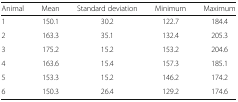
<table><thead><tr><td><b>Animal</b></td><td><b>Mean</b></td><td><b>Standard deviation</b></td><td><b>Minimum</b></td><td><b>Maximum</b></td></tr></thead><tbody><tr><td>1</td><td>150.1</td><td>30.2</td><td>122.7</td><td>184.4</td></tr><tr><td>2</td><td>163.3</td><td>35.1</td><td>132.4</td><td>205.3</td></tr><tr><td>3</td><td>175.2</td><td>15.2</td><td>153.2</td><td>204.6</td></tr><tr><td>4</td><td>163.6</td><td>15.4</td><td>157.3</td><td>185.1</td></tr><tr><td>5</td><td>153.3</td><td>15.2</td><td>146.2</td><td>174.2</td></tr><tr><td>6</td><td>150.3</td><td>26.4</td><td>129.2</td><td>174.6</td></tr></tbody></table>